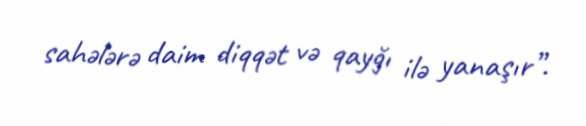
sahələrə daim diqqət və qayğı ilə yanaşır”.